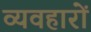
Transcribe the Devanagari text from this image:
व्यवहाराें